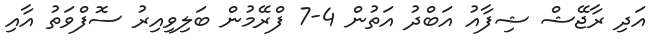
އަދި ރާޖޭޝް ޝިފާއު އަބްދު އަތުން 4-7 ފްރޭމުން ބަލިވިއިރު ސޮފްވަތު އާއި